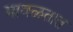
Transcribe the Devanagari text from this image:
मावळतात